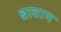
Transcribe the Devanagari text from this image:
ब्रातान